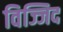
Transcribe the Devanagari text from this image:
विज्जिद